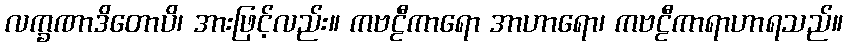
လက္ခဏာဒိတောပိ၊ အားဖြင့်လည်း။ ကဗဠီကာရော အာဟာရော၊ ကဗဠီကာရာဟာရသည်။